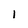
Character: 1